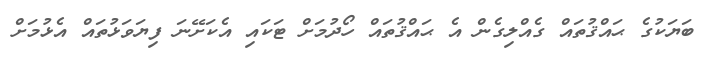
ބަޔަކުގެ ޙައްޤުތައް ގެއްލިގެން އެ ޙައްޤުތައް ހޯދުމަށް ޓަކައި އެކަށޭނަ ފިޔަވަޅުތައް އެޅުމަށް